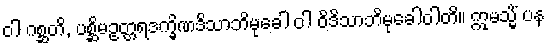
ဝါ ဂစ္ဆတိ, ပစ္ဆိမဥတ္တရဒက္ခိဏဒိသာဘိမုခေါ ဝါ ဝိဒိသာဘိမုခေါဝါတိ။ ဣမသ္မိံ ပန